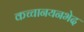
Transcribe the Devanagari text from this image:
कच्चानयनभेद